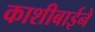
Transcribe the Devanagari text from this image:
काशीबाईने